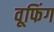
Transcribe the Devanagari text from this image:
वूफिंग